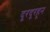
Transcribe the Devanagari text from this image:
दूरदूरहून